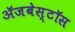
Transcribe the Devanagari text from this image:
ॲजबेस्टॉस